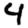
Digit: 4